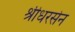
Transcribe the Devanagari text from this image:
श्रीधरसेन